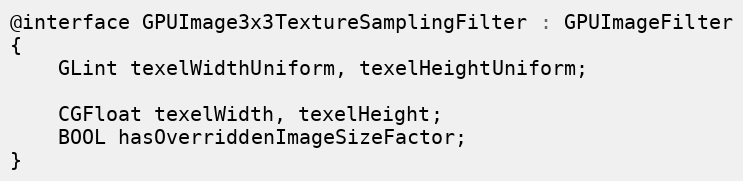
Language: C
@interface GPUImage3x3TextureSamplingFilter : GPUImageFilter
{
    GLint texelWidthUniform, texelHeightUniform;

    CGFloat texelWidth, texelHeight;
    BOOL hasOverriddenImageSizeFactor;
}